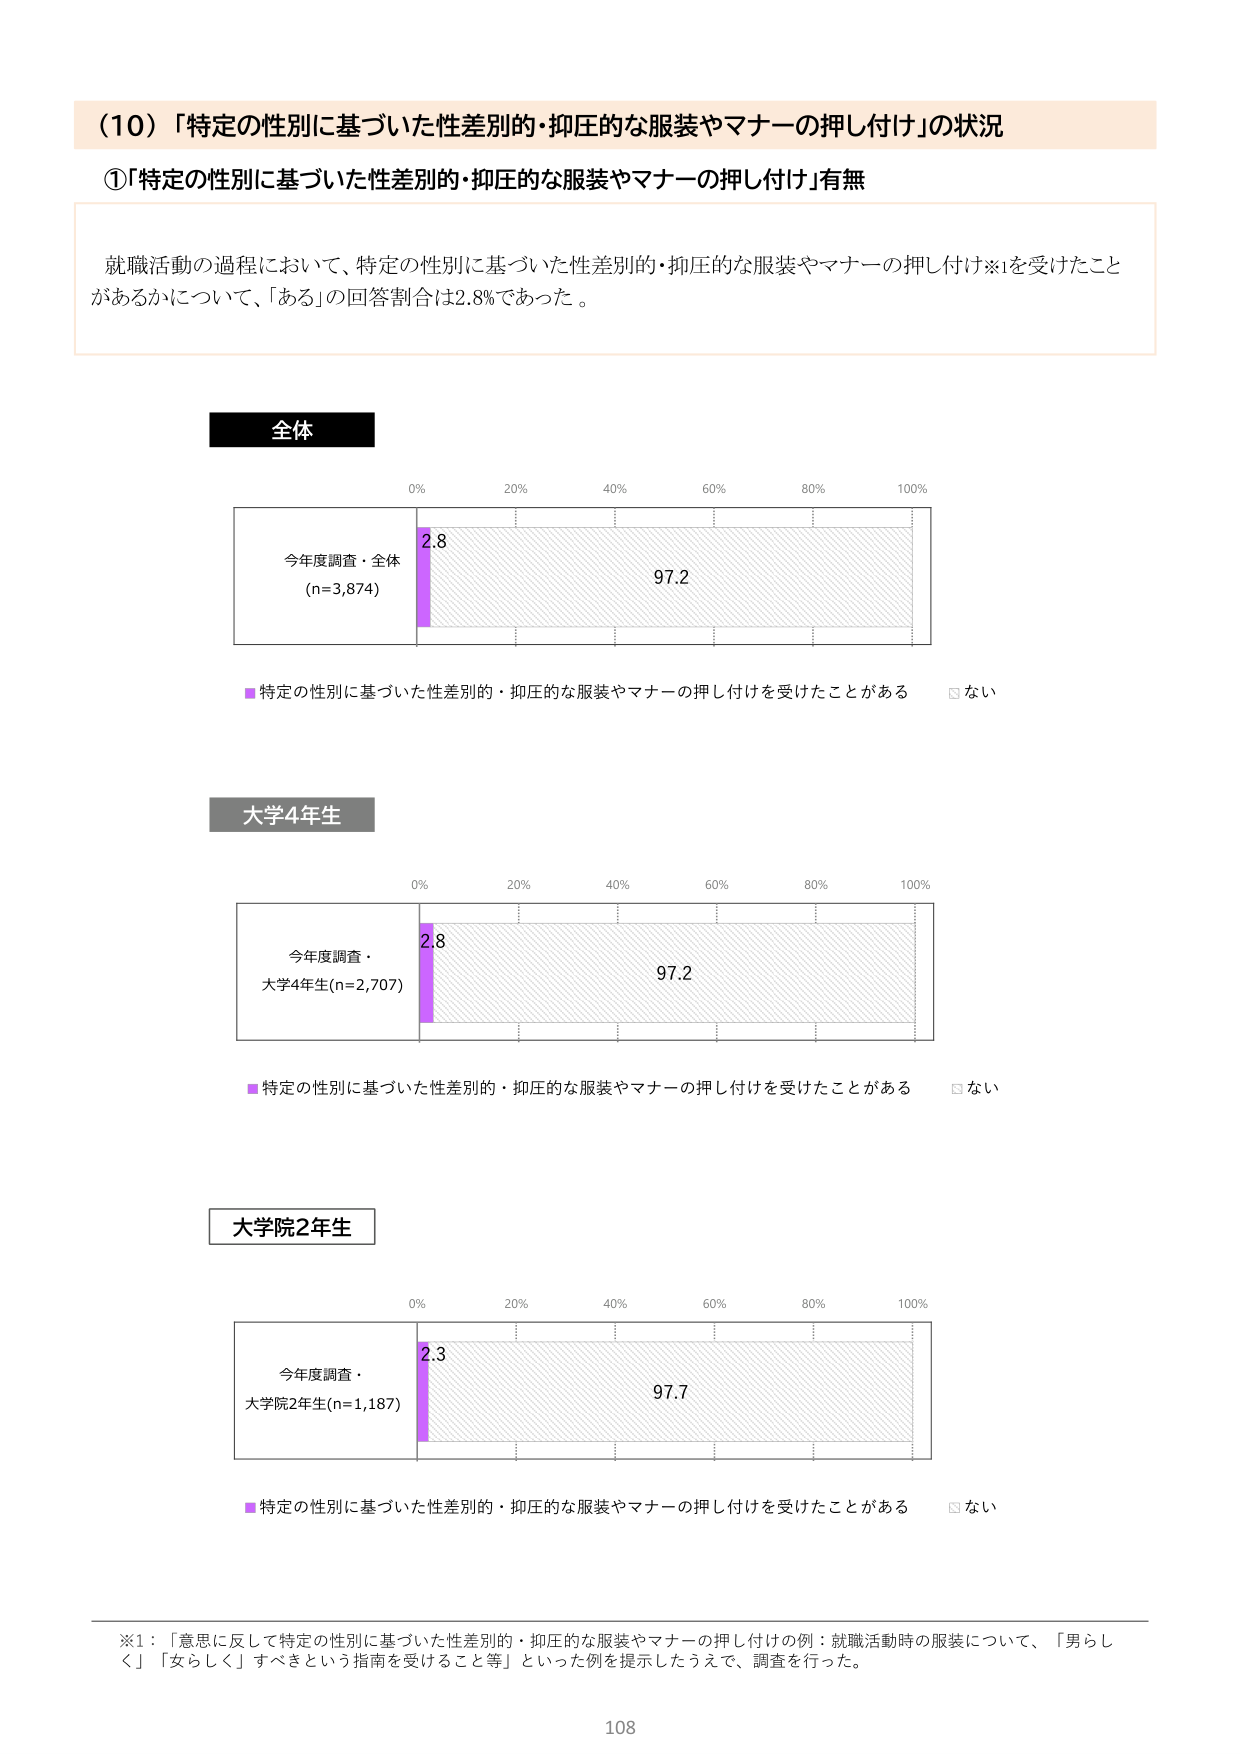
（10）「特定の性別に基づいた性差別的・抑圧的な服装やマナーの押し付け」の状況

①「特定の性別に基づいた性差別的・抑圧的な服装やマナーの押し付け」有無

就職活動の過程において、特定の性別に基づいた性差別的・抑圧的な服装やマナーの押し付け※1を受けたことがあるかについて、「ある」の回答割合は2.8%であった。

全体

0% 20% 40% 60% 80% 100%

今年度調査・全体
(n=3,874)

2.8 97.2

■特定の性別に基づいた性差別的・抑圧的な服装やマナーの押し付けを受けたことがある □ない

大学4年生

0% 20% 40% 60% 80% 100%

今年度調査・
大学4年生(n=2,707)

2.8 97.2

■特定の性別に基づいた性差別的・抑圧的な服装やマナーの押し付けを受けたことがある □ない

大学院2年生

0% 20% 40% 60% 80% 100%

今年度調査・
大学院2年生(n=1,187)

2.3 97.7

■特定の性別に基づいた性差別的・抑圧的な服装やマナーの押し付けを受けたことがある □ない

※1：「意思に反して特定の性別に基づいた性差別的・抑圧的な服装やマナーの押し付けの例：就職活動時の服装について、「男らしく」「女らしく」すべきという指南を受けること等」といった例を提示したうえで、調査を行った。

108